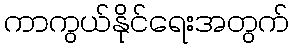
ကာကွယ်နိုင်ရေးအတွက်